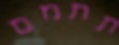
תתמם